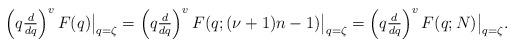
LaTeX: \begin{align*}\left( q \tfrac{d}{dq} \right)^{v}F(q)\big|_{q=\zeta}=\left( q \tfrac{d}{dq} \right)^{v}F(q; (\nu+1) n-1)\big|_{q=\zeta}=\left( q \tfrac{d}{dq} \right)^{v}F(q; N)\big|_{q=\zeta}.\end{align*}